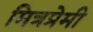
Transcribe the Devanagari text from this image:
मित्रप्रेमी